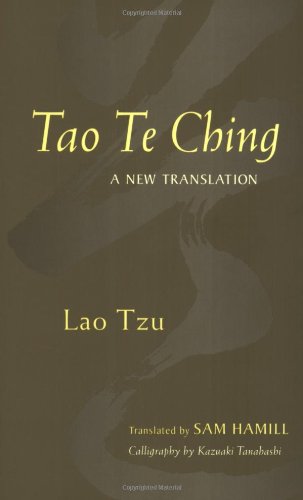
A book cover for Tao Te Ching: A New Translation; Lao Tzu; Religion & Spirituality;